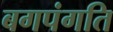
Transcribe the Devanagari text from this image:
बगपंगति